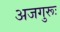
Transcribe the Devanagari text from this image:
अजगुरूः